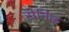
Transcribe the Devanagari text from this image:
सेनिक